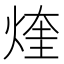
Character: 煃